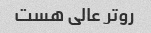
روتر عالی هست